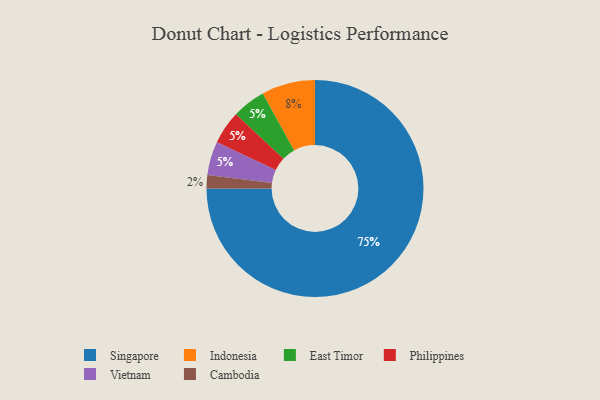
{"axis": {"x": "Category", "y": "Percentage"}, "legend": ["Cambodia", "East Timor", "Indonesia", "Philippines", "Singapore", "Vietnam"], "data": [{"x": "Cambodia", "y": 2, "type": "Cambodia"}, {"x": "Indonesia", "y": 8, "type": "Indonesia"}, {"x": "Singapore", "y": 75, "type": "Singapore"}, {"x": "East Timor", "y": 5, "type": "East Timor"}, {"x": "Philippines", "y": 5, "type": "Philippines"}, {"x": "Vietnam", "y": 5, "type": "Vietnam"}]}